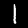
Label: 1